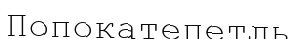
Попокатепетль